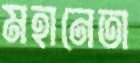
মহানেতা